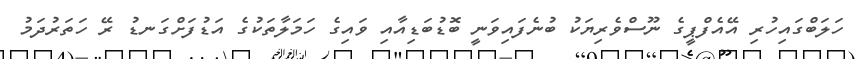
ހަލަބްގައިހުރި އޭއެފްޕީގެ ނޫސްވެރިޔަކު ބުނެފައިވަނީ ބޮޑުބަޑިއާއި ވައިގެ ހަމަލާތަކުގެ އަޑުފަށްގަނޑު ރޭ ހަތަރުދަމު